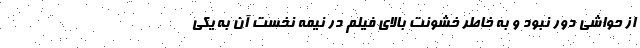
از حواشی دور نبود و به خاطر خشونت بالای فیلم در نیمه نخست آن به یکی